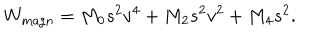
W _ { \mathrm { m a g n } } = M _ { 0 } s ^ { 2 } v ^ { 4 } + M _ { 2 } s ^ { 2 } v ^ { 2 } + M _ { 4 } s ^ { 2 } .